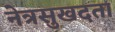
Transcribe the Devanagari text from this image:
नेत्रसुखदता